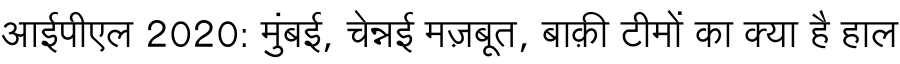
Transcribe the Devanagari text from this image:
आईपीएल 2020: मुंबई, चेन्नई मज़बूत, बाक़ी टीमों का क्या है हाल